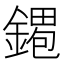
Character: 𫒹